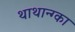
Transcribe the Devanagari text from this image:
थाथान्ग्का